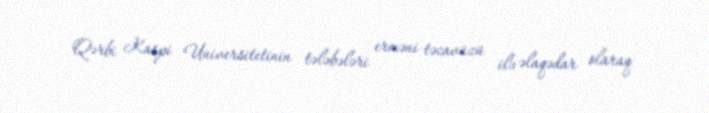
Qərbi Kaspi Universitetinin tələbələri erməni təcavüzü ilə əlaqədar olaraq